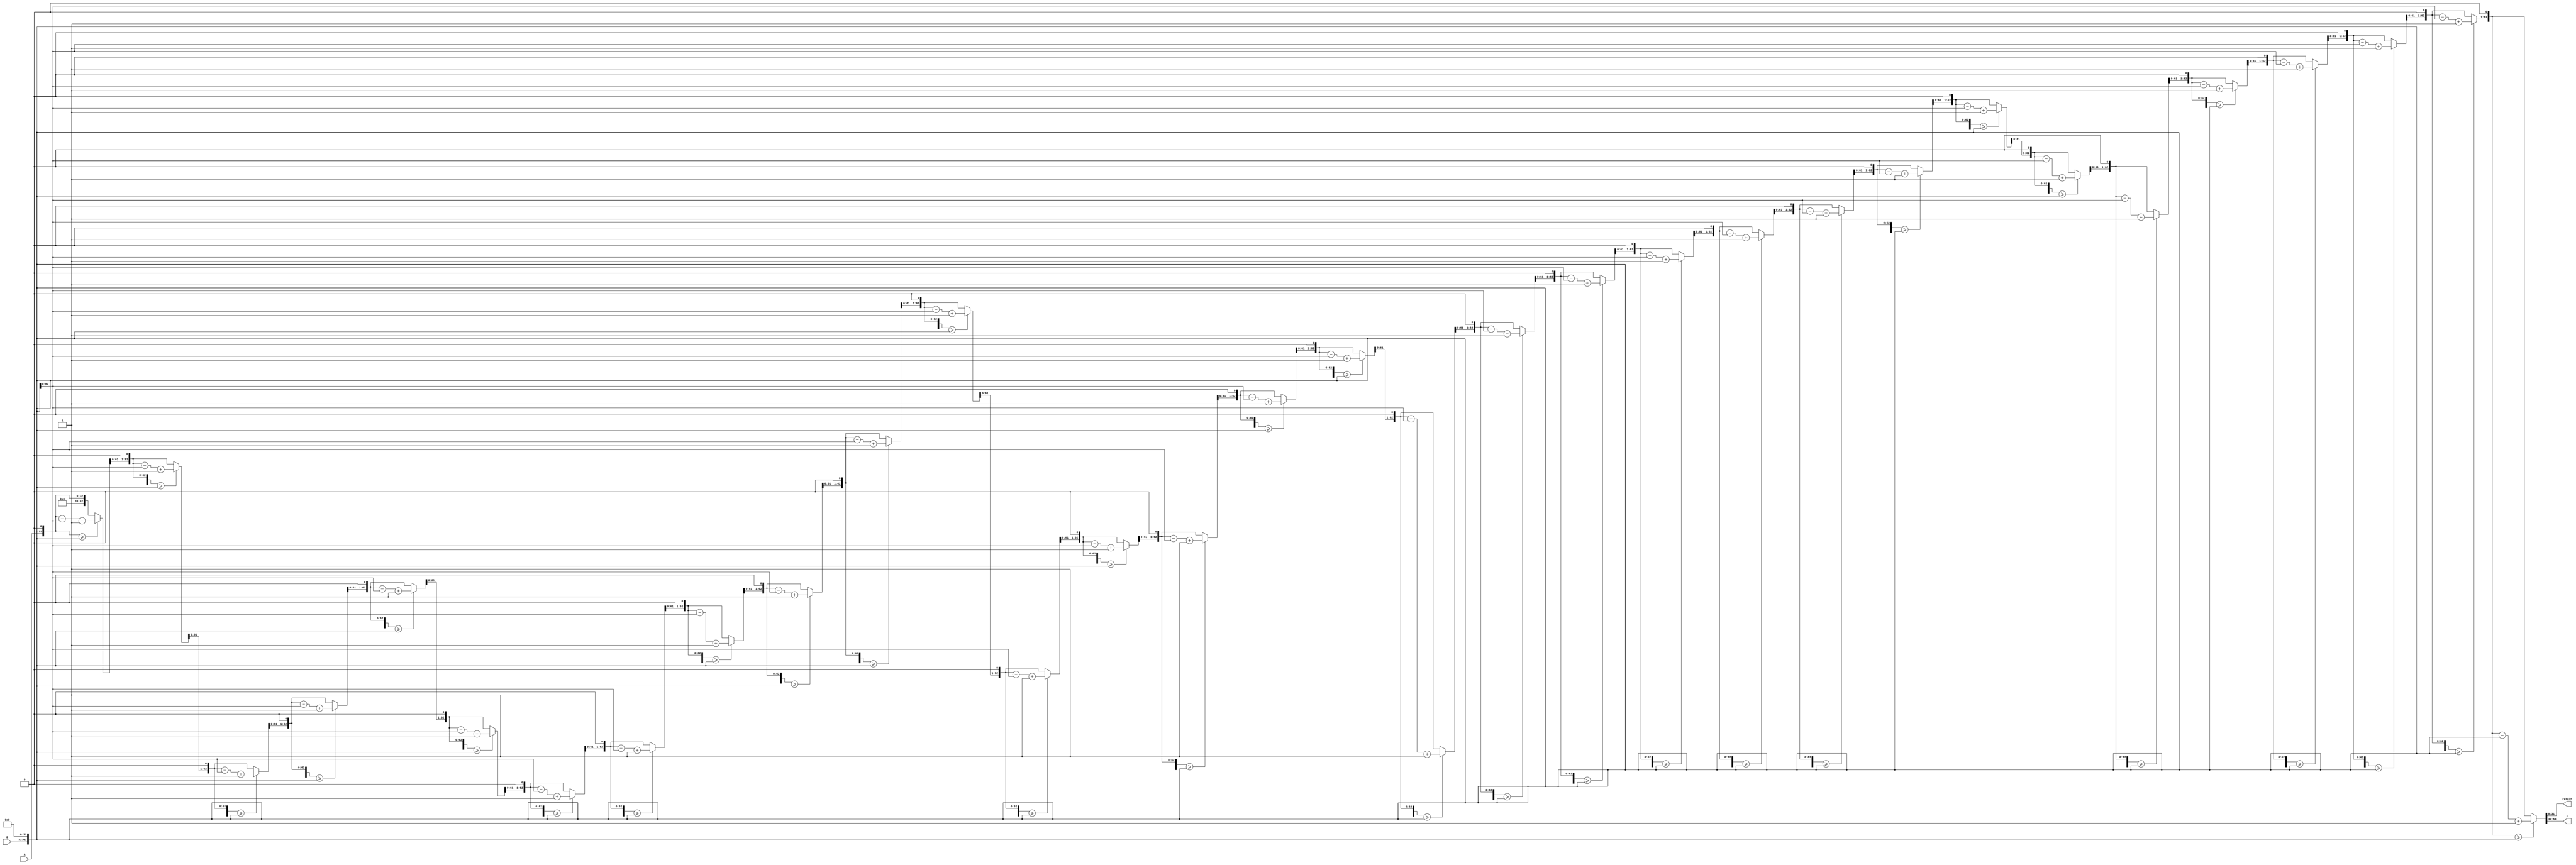
`timescale 1ns / 1ps
//////////////////////////////////////////////////////////////////////////////////
// 32
//////////////////////////////////////////////////////////////////////////////////
module division(
    input   [31:0]         A,
    input   [31:0]         B,
    output  [31:0]         result,//
    output  [31:0]         r//
    );
    reg[31:0]                  a_reg;
    reg[31:0]                  b_reg;
    reg[63:0]                  temp_a;
    reg[63:0]                  temp_b;
    integer                    i;//i
    
always @(*) begin
    a_reg = A;
    b_reg = B;
end
 
always @(*) begin
    temp_a = {32'h0,a_reg};//320
    temp_b = {b_reg,32'h0};//320
 
    for(i=0;i<32;i=i+1)
    //for 32
    begin
        temp_a = temp_a <<1 ;
        //
        if(temp_a >= temp_b)
        begin
            temp_a = temp_a - temp_b +1;
        end
        
        else
        begin
            temp_a = temp_a;
        end
    end
end
 
assign      r = temp_a[63:32];//32
assign result = temp_a[31:0];//32

endmodule